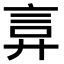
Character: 𫌲